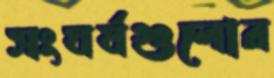
সংঘর্ষগুলোর